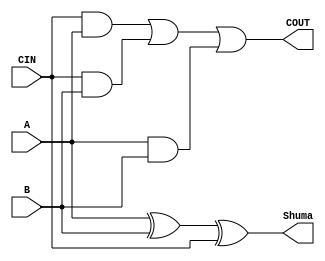
`timescale 1ns / 1ps
//////////////////////////////////////////////////////////////////////////////////
// Company: 
// Engineer: 
// 
// Design Name: 
// Module Name: Mbledhesi1bit
// Project Name: 
// Target Devices: 
// Tool Versions: 
// Description: 
// 
// Dependencies: 
// 
// Revision:
// Revision 0.01 - File Created
// Additional Comments:
// 
//////////////////////////////////////////////////////////////////////////////////


module Mbledhesi1bit(
   input A,
    input B,
    input CIN,
    output Shuma,
    output COUT
    );
    
    assign Shuma = A ^ B ^ CIN;
    assign COUT = CIN & A | CIN & B | A & B;

endmodule